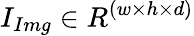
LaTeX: I_{Img}\in R^{(w\times h\times d)}